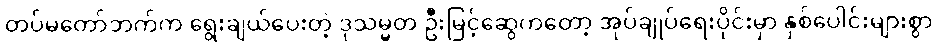
တပ်မတော်ဘက်က ရွေးချယ်ပေးတဲ့ ဒုသမ္မတ ဦးမြင့်ဆွေကတော့ အုပ်ချုပ်ရေးပိုင်းမှာ နှစ်ပေါင်းများစွာ